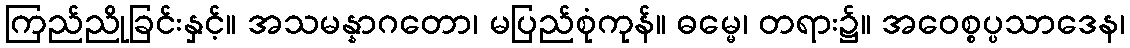
ကြည်ညိုခြင်းနှင့်။ အသမန္နာဂတော၊ မပြည်စုံကုန်။ ဓမ္မေ၊ တရား၌။ အဝေစ္စပ္ပသာဒေန၊